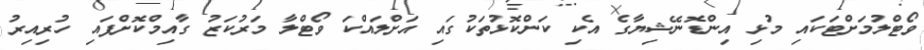
ވޯޓްލުމަށްޓަކައި މުޅި އިންޑޮނޭޝިޔާގެ އެކި ކަންކޮޅުތަކުގައި އަށްލައްކަ ވޯޓްލާ މަރުކަޒު ގާއިމްކޮށްފައި ހުރިއިރު